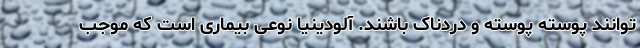
توانند پوسته پوسته و دردناک باشند. آلودینیا نوعی بیماری است که موجب